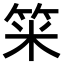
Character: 𥭁